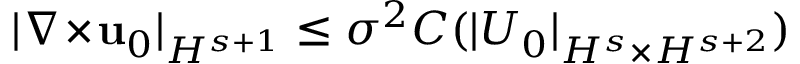
\vert \nabla \! \times \! \mathbf { u } _ { 0 } \vert _ { H ^ { s + 1 } } \leq \sigma ^ { 2 } C ( \vert U _ { 0 } \vert _ { H ^ { s } \times H ^ { s + 2 } } )